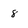
Character: 8